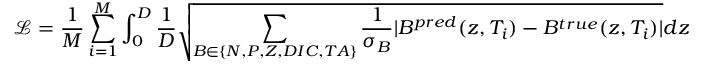
\mathcal { L } = \frac { 1 } { M } \sum _ { i = 1 } ^ { M } \int _ { 0 } ^ { D } \frac { 1 } { D } \sqrt { \sum _ { B \in \{ N , P , Z , D I C , T A \} } \frac { 1 } { \sigma _ { B } } | B ^ { p r e d } ( z , T _ { i } ) - B ^ { t r u e } ( z , T _ { i } ) | } d z